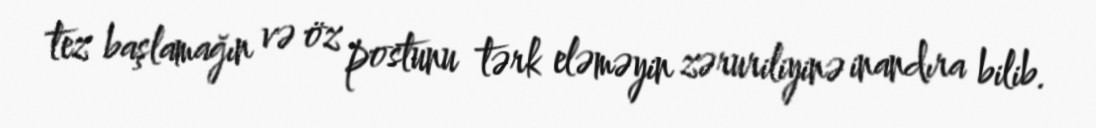
tez başlamağın və öz postunu tərk eləməyin zəruriliyinə inandıra bilib.